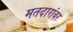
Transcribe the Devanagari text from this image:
मतदारांवर